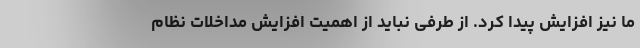
ما نیز افزایش پیدا کرد. از طرفی نباید از اهمیت افزایش مداخلات نظام